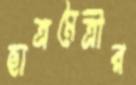
ছাত্রমৈত্রীর